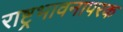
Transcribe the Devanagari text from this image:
राष्ट्रभावनापरक